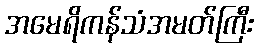
အမေရိကန်သံအမတ်ကြီး